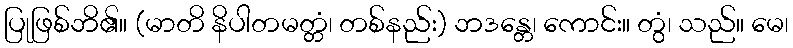
ပြုဖြစ်ဘိ၏။ (မာတိ နိပါတမတ္တံ၊ တစ်နည်း) ဘဒန္တေ၊ ကောင်း။ တွံ၊ သည်။ မေ၊